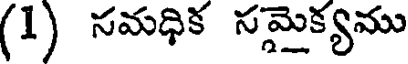
(1) సమధిక సమైక్యము